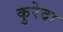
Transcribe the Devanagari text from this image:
कुरेदा